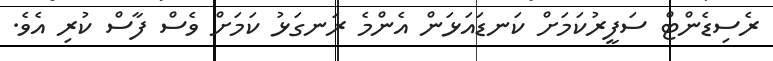
ރެސިޑެންޓް ސަފީރުކަމަށް ކަނޑައަޅަން އެންމެ ރަނގަޅު ކަމަށް ވެސް ފާސް ކުރި އެވެ.